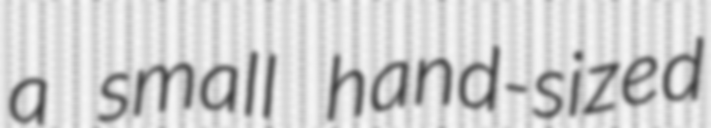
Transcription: a small hand-sized